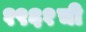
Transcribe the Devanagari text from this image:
१९६१ची